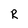
Character: R